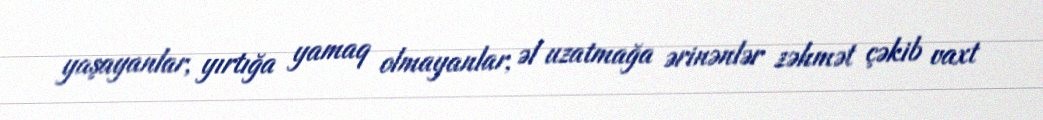
yaşayanlar, yırtığa yamaq olmayanlar, əl uzatmağa ərinənlər zəhmət çəkib vaxt